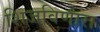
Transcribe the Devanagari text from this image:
शिजविणारा